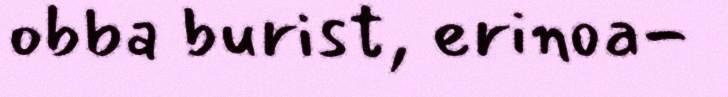
obba burist, erinoa-